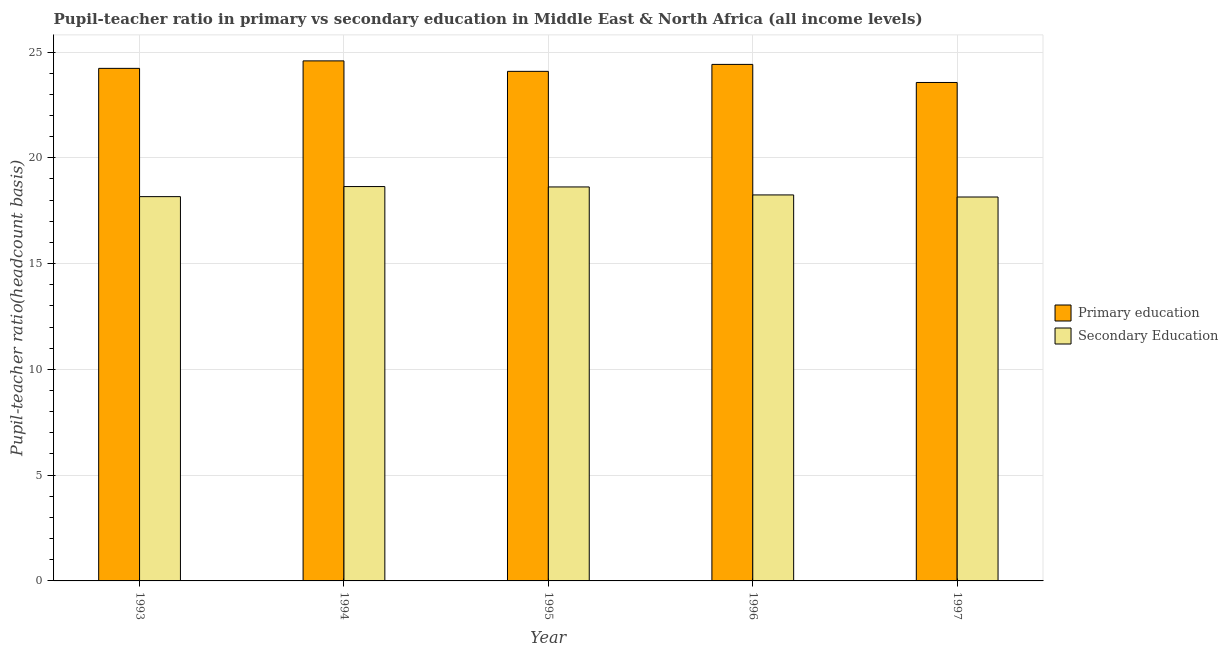
| Year | Primary education | Secondary Education |
 | --- | --- | --- |
 | 1993 | 24.2 | 18.2 |
 | 1994 | 24.6 | 18.6 |
 | 1995 | 24.1 | 18.6 |
 | 1996 | 24.4 | 18.2 |
 | 1997 | 23.6 | 18.1 |